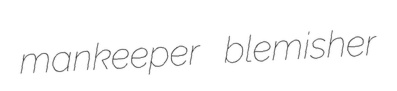
mankeeper blemisher